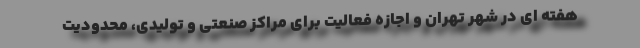
هفته ای در شهر تهران و اجازه فعالیت برای مراکز صنعتی و تولیدی، محدودیت